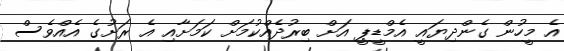
އެ މީހުން ގެންދިޔައީ އެމްޑީޕީ އަށް ބިރުދެއްކުމަށް ކަމަށާއި އެ ރަށުގެ އެއްވެސް